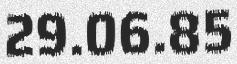
29.06.85